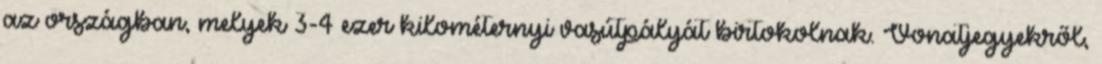
az országban, melyek 3-4 ezer kilométernyi vasútpályát birtokolnak. Vonatjegyekről,